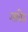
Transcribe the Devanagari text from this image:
आंवेत